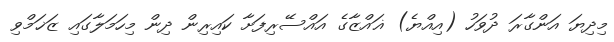
މިދިޔަ އަންގާރަ ދުވަހު (އިއްޔެ) ޣައްޒާގެ އައްސޭރިފަށާ ކައިރިން ދިން މިހަމަލާގައި ޒަޚަމްވި